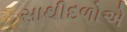
સાથીદળોએ